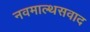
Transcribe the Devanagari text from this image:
नवमाल्थसवाद